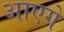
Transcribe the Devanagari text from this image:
आएगे